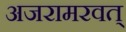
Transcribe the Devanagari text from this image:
अजरामरवत्